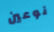
نوعين